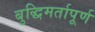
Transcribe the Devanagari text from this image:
बुद्धिमर्तापूर्ण